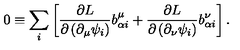
0 \equiv \sum _ { i } \left[ \frac { \partial L } { \partial \left( \partial _ { \mu } \psi _ { i } \right) } b _ { \alpha i } ^ { \mu } + \frac { \partial L } { \partial \left( \partial _ { \nu } \psi _ { i } \right) } b _ { \alpha i } ^ { \nu } \right] .